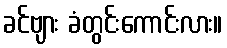
ခင်ဗျား ခံတွင်းကောင်းလား။